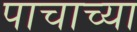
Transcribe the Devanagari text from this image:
पाचाच्या